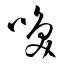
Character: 喚